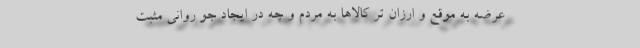
عرضه به موقع و ارزان تر کالاها به مردم و چه در ایجاد جو روانی مثبت